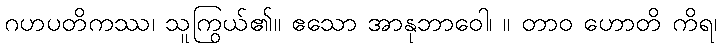
ဂဟပတိကဿ၊ သူကြွယ်၏။ ဧသော အာနုဘာဝေါ၊ ။ တာဝ ဟောတိ ကိရ၊